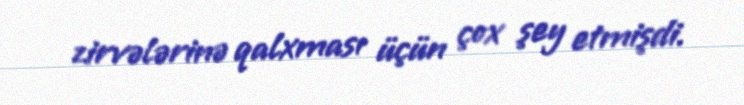
zirvələrinə qalxması üçün çox şey etmişdi.